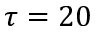
\tau = 2 0